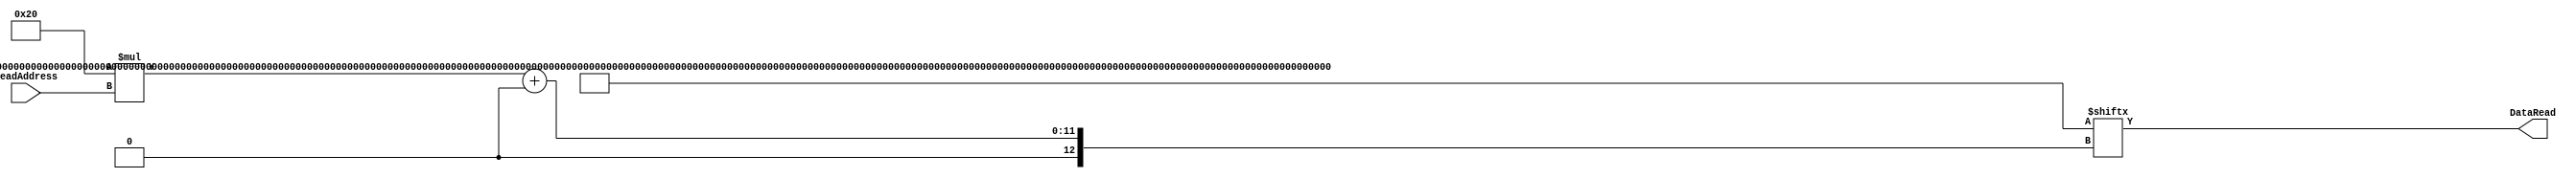
module instructon_memory (DataRead, ReadAddress);
input [4:0] ReadAddress;
output[31:0] DataRead;
reg[32*32-1:0] data;
assign DataRead = data[32*ReadAddress +: 32];
integer i;
   initial
   begin
      for(i=0;i<32;i=i+1)
      begin:init //100110-10100-11101-11011-11011-101101
         data[32*i +:32] =32'b0000000000100001100000000100000;
      end
   end
endmodule